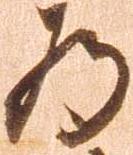
為